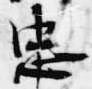
忠